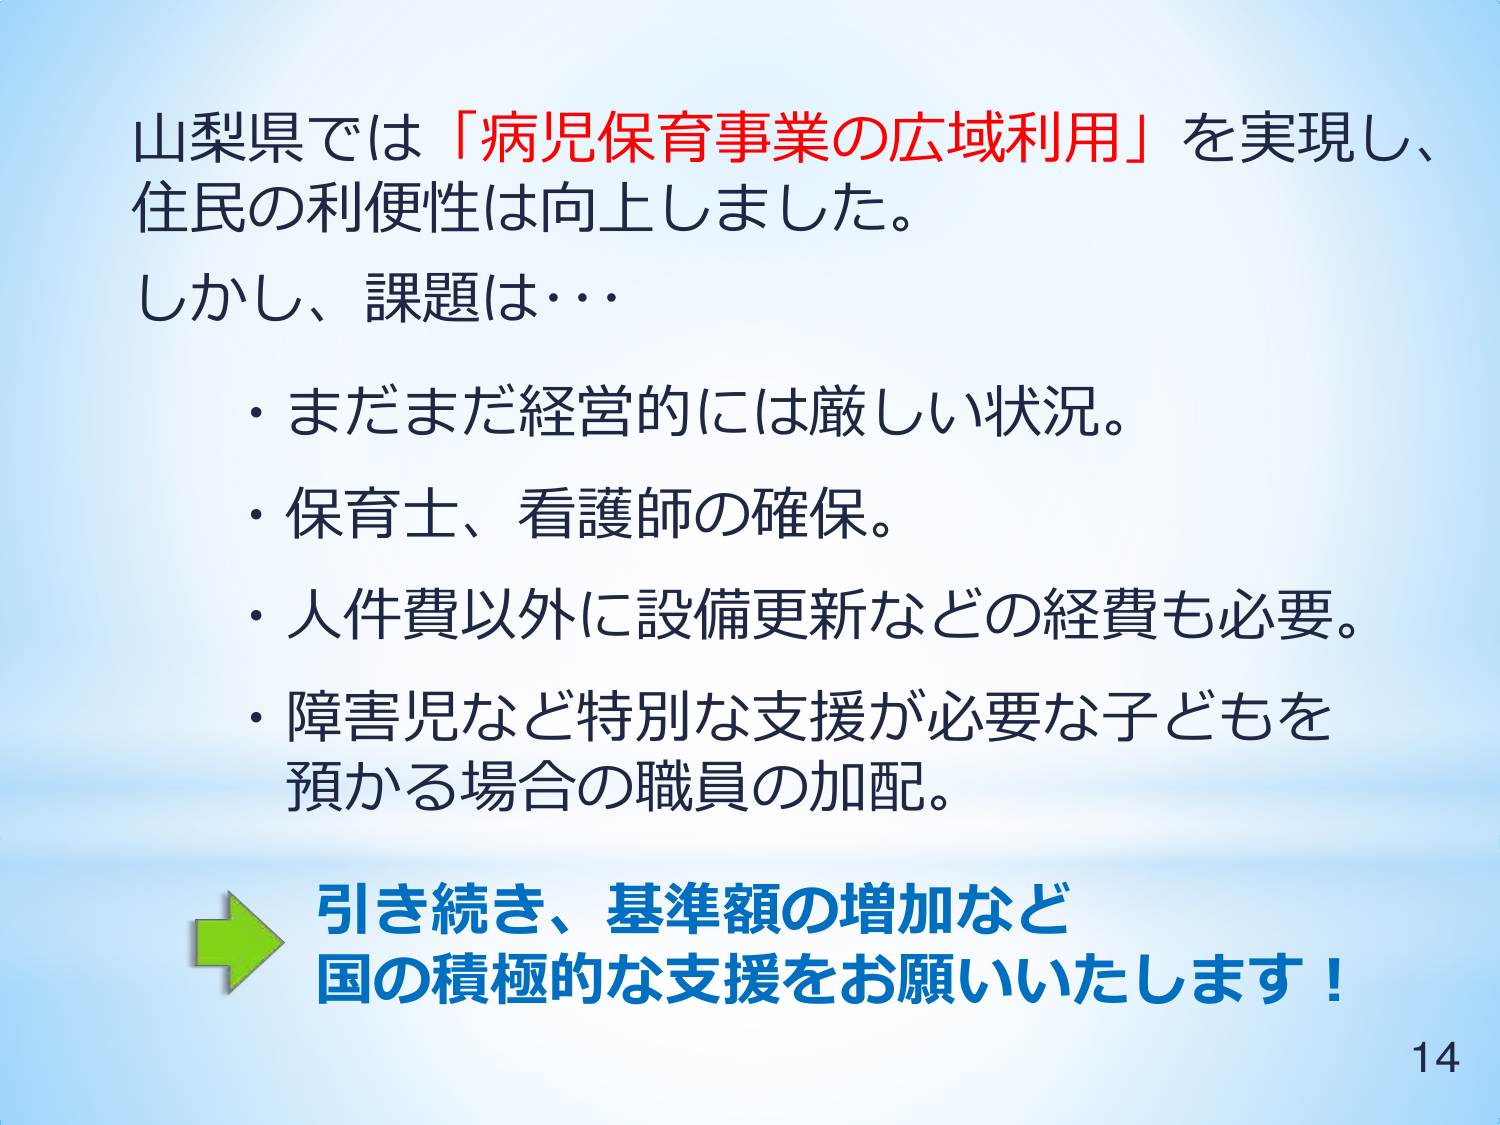
山梨県では「病児保育事業の広域利用」を実現し、
住民の利便性は向上しました。
しかし、課題は・・・
・まだまだ経営的には厳しい状況。
・保育士、看護師の確保。
・人件費以外に設備更新などの経費も必要。
・障害児など特別な支援が必要な子どもを
預かる場合の職員の加配。
→ 引き続き、基準額の増加など
国の積極的な支援をお願いいたします！
14